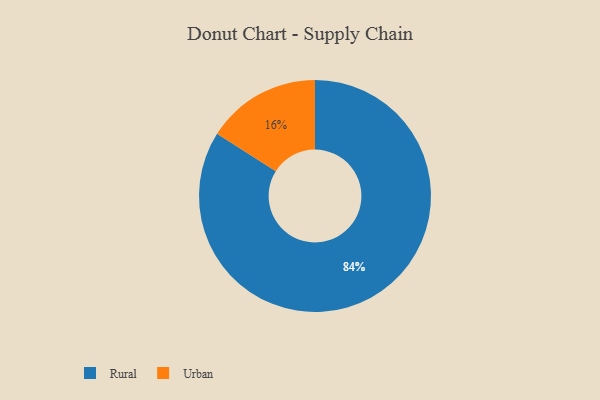
{"axis": {"x": "Category", "y": "Percentage"}, "legend": ["Rural", "Urban"], "data": [{"x": "Rural", "y": 84, "type": "Rural"}, {"x": "Urban", "y": 16, "type": "Urban"}]}